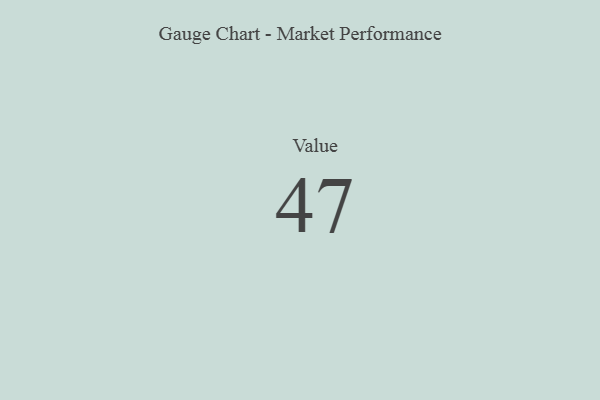
{"axis": {"x": "Metric", "y": "Value"}, "legend": [""], "data": [{"x": "Value", "y": 47, "type": ""}]}